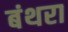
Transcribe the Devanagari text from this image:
बंथरा